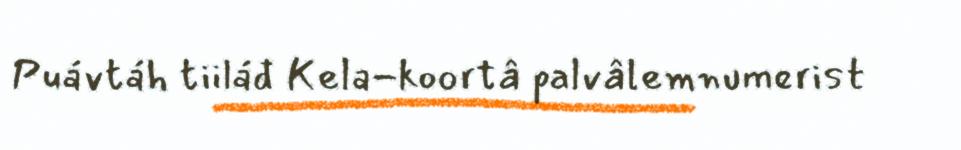
Puávtáh tiiláđ Kela-koortâ palvâlemnumerist